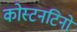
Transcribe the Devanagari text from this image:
कोस्टनटिनो